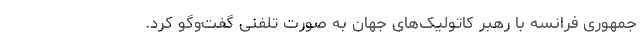
جمهوری فرانسه با رهبر کاتولیک‌های جهان به صورت تلفنی گفت‌وگو کرد.